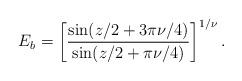
LaTeX: \begin{align*}E_b=\left[ \frac{\sin(z/2+3\pi \nu/4)}{\sin(z/2+\pi \nu/4)} \right]^{1/\nu}.\end{align*}